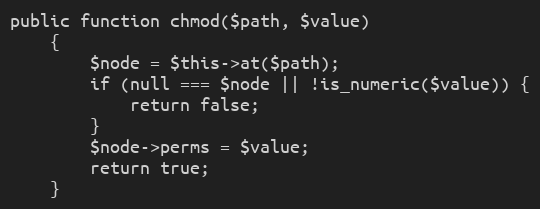
Language: PHP
public function chmod($path, $value)
    {
        $node = $this->at($path);
        if (null === $node || !is_numeric($value)) {
            return false;
        }
        $node->perms = $value;
        return true;
    }